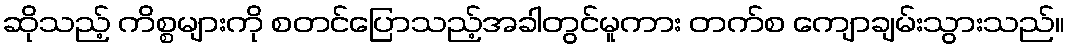
ဆိုသည့် ကိစ္စများကို စတင်ပြောသည့်အခါတွင်မူကား တက်စ ကျောချမ်းသွားသည်။